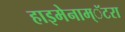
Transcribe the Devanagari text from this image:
हाइमेनाम्‌ॅटरा